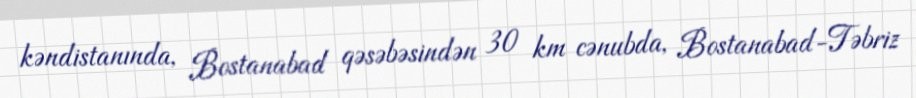
kəndistanında, Bostanabad qəsəbəsindən 30 km cənubda, Bostanabad-Təbriz